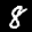
Label: 8